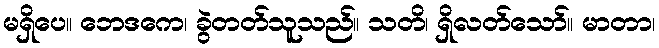
မရှိပေ။ ဘေဒကေ၊ ခွဲတတ်သူသည်။ သတိ၊ ရှိလတ်သော်။ မာတာ၊